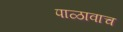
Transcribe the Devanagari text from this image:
पाळावाच